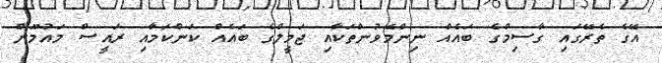
އޭގެ ތެރޭގައި ގާސިމްގެ ބައެއް ނިންމެވުންތަކާއި ޖަމީލްގެ ބައެއް ކަންކަމާއި ރައީސް މައުމޫން